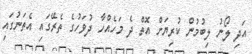
އަދި ލޯނު ލިބުމުން ކުރިޔަށް އޮތް ދެ މަހެއްހާ ދުވަހުގެ ތެރޭގައި އެތަނުގައި